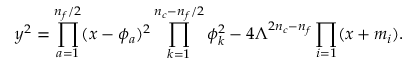
y ^ { 2 } = \prod _ { a = 1 } ^ { n _ { f } / 2 } ( x - \phi _ { a } ) ^ { 2 } \prod _ { k = 1 } ^ { n _ { c } - n _ { f } / 2 } \phi _ { k } ^ { 2 } - 4 \Lambda ^ { 2 n _ { c } - n _ { f } } \prod _ { i = 1 } ( x + m _ { i } ) .